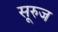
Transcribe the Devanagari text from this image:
सूरुज